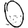
Digit: 0